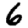
Digit: 6